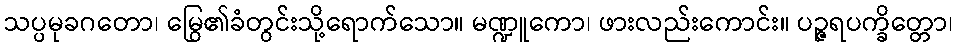
သပ္ပမုခဂတော၊ မြွေ၏ခံတွင်းသို့ရောက်သော။ မဏ္ဍူကော၊ ဖားလည်းကောင်း။ ပဉ္ဇရပက္ခိတ္တော၊